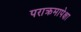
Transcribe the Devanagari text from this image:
पराक्रमापेक्षा